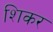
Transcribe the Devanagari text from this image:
शिकर